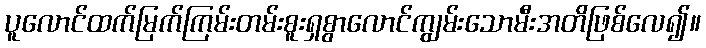
ပူလောင်ထက်မြက်ကြမ်းတမ်းစူးရှစွာလောင်ကျွမ်းသောမီးအတိဖြစ်လေ၍။